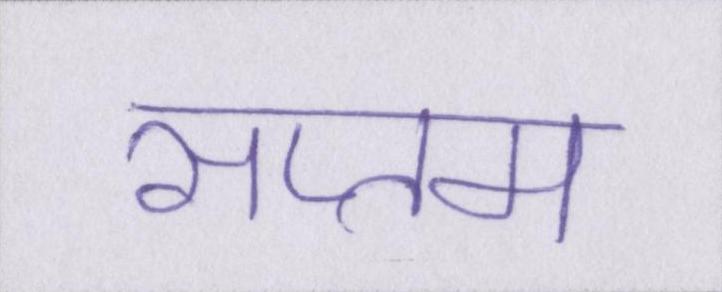
सप्तम